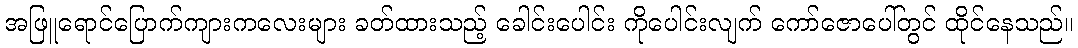
အဖြူရောင်ပြောက်ကျားကလေးများ ခတ်ထားသည့် ခေါင်းပေါင်း ကိုပေါင်းလျက် ကော်ဇောပေါ်တွင် ထိုင်နေသည်။